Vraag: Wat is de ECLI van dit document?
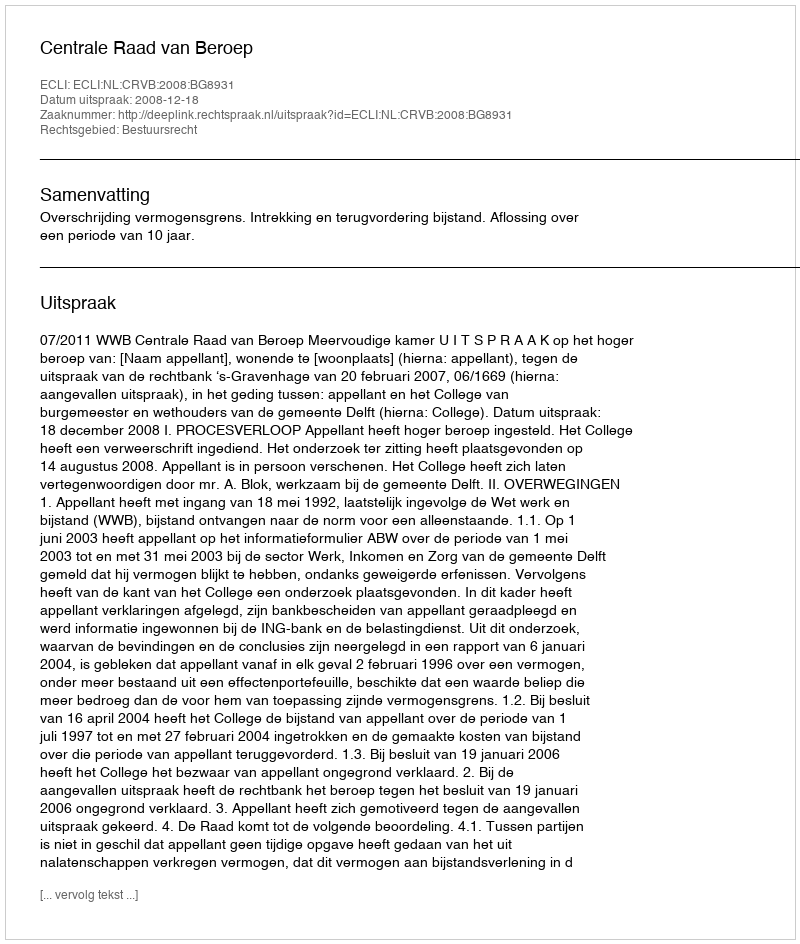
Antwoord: ECLI:NL:CRVB:2008:BG8931